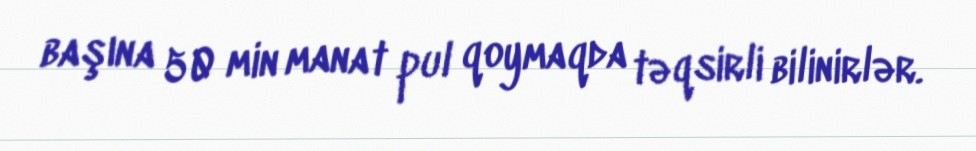
başına 50 min manat pul qoymaqda təqsirli bilinirlər.